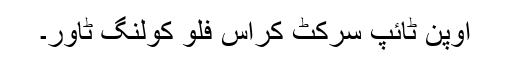
اوپن ٹائپ سرکٹ کراس فلو کولنگ ٹاور۔